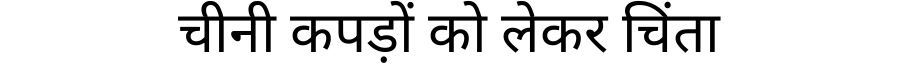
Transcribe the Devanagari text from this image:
चीनी कपड़ों को लेकर चिंता